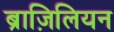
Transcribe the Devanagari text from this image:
ब्राज़िलियन